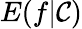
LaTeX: E(f|{\mathcal{C}})